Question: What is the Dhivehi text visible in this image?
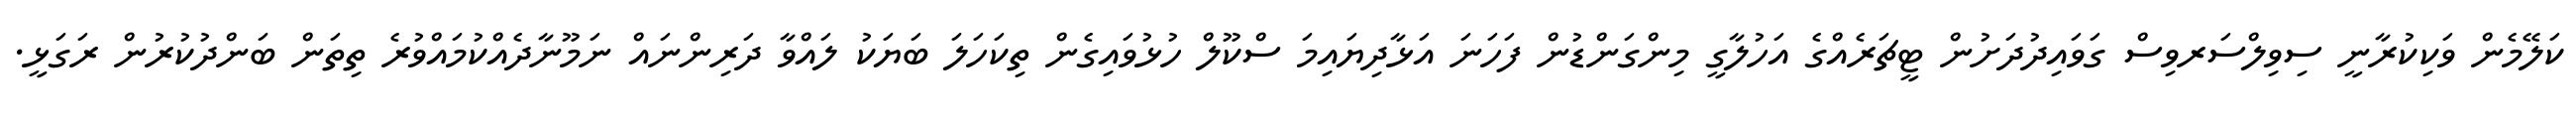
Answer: ކަލޭމެން ވަކިކުރާނީ ސިވިލްސަރވިސް ގަވައިދުދަށުން ޓީޗަރެއްގެ އަހުލާގީ މިންގަންޑުން ފަހަނަ އަޅާދިޔައިމަ ސްކޫލް ހުޅުވައިގެން ތިކަހަލަ ބަޔަކު ލައްވާ ދަރިންނައް ނަމޫނާދެއްކުމައްވުރެ ތިތަން ބަންދުކުރުން ރަގަޅީ.